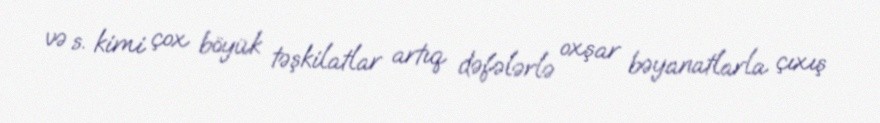
və s. kimi çox böyük təşkilatlar artıq dəfələrlə oxşar bəyanatlarla çıxış